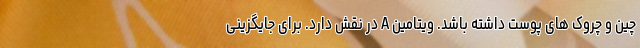
چین و چروک های پوست داشته باشد. ویتامین A در نقش دارد. برای جایگزینی